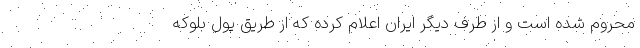
محروم شده است و از طرف دیگر ایران اعلام کرده که از طریق پول بلوکه